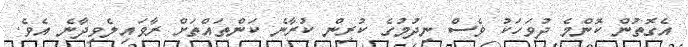
އެގޮތުން ކޮންމެ ދުވަހަކު ވެސް ނިދުމުގެ ކުރިން ކުރާނެ ކަންތައްތަށް ރާވައިލެވިދާނެ އެވެ.